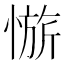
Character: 𱟀